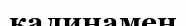
калинамен